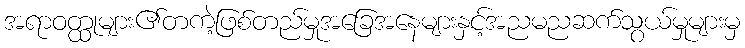
အရာဝတ္ထုများ၏တကဲ့ဖြစ်တည်မှုအခြေအနေများနှင့်အညမညဆက်သွယ်မှုများမှ